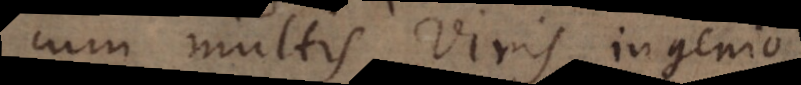
cum multis viris ingenio